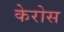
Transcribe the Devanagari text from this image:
केरोस